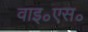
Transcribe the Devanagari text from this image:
वाइ॰एस॰